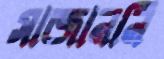
সাজাননি